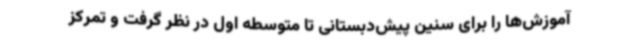
آموزش‌ها را برای سنین پیش‌دبستانی تا متوسطه اول در نظر گرفت و تمرکز